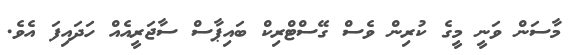
މާސަން ވަނީ މީގެ ކުރިން ވެސް ގޭސްޓްރިކް ބައިޕާސް ސާޖަރީއެއް ހަދައިފަ އެވެ.